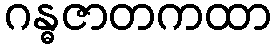
ဂန္ဓဇာတကထာ